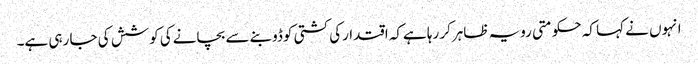
انہوں نے کہا کہ حکومتی رویہ ظاہرکر رہا ہےکہ اقتدارکی کشتی کوڈوبنے سے بچانےکی کوشش کی جا رہی ہے۔